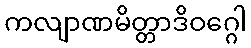
ကလျာဏမိတ္တာဒိဝဂ္ဂေါ